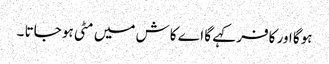
ہوگا اور کافر کہے گا اے کاش میں مٹی ہو جاتا ۔